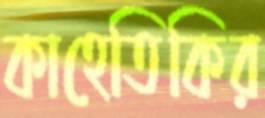
কাহেতিকির